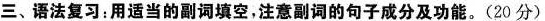
三、语法复习:用适当的副词填空,注意副词的句子成分及功能。(20 分)